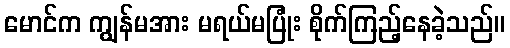
မောင်က ကျွန်မအား မရယ်မပြုံး စိုက်ကြည့်နေခဲ့သည်။